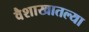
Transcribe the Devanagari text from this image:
वैशाखातल्या